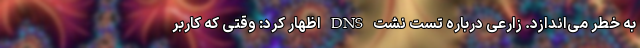
به خطر می‌اندازد. زارعی درباره تست نشت DNS اظهار کرد: وقتی که کاربر